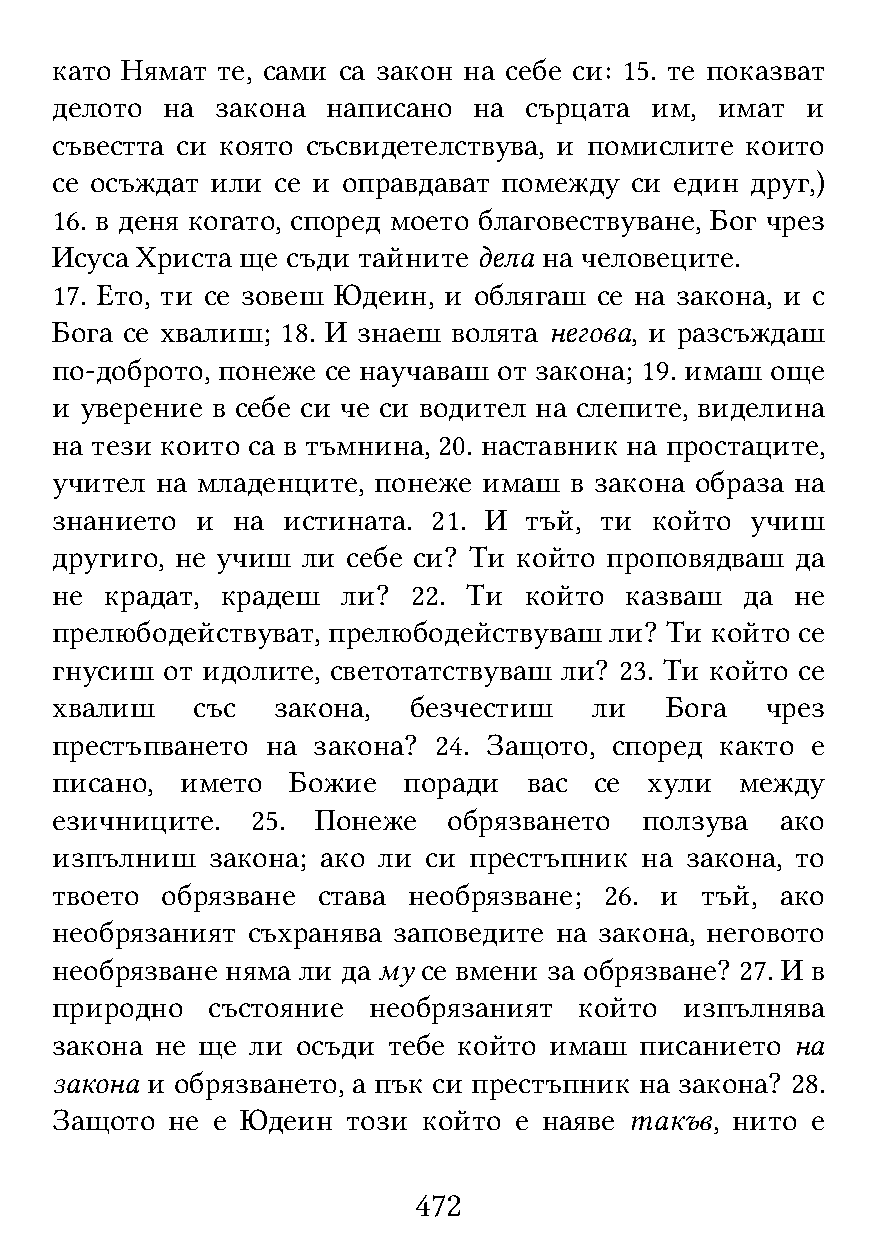
като Нямат те, сами са закон на себе си: 15. те показват
 делото  на закона  написано на  сърцата им,  имат и
 съвестта си която съсвидетелствува, и помислите които
 се осъждат или се и оправдават помежду си един друг,)
 16. в деня когато, според моето благовествуване, Бог чрез
 Исуса Христа ще съди тайните дела на человеците.
 17. Ето, ти се зовеш Юдеин, и облягаш се на закона, и с
 Бога се хвалиш; 18. И знаеш волята негова, и разсъждаш
 по-доброто, понеже се научаваш от закона; 19. имаш още
 и уверение в себе си че си водител на слепите, виделина
 на тези които са в тъмнина, 20. наставник на простаците,
 учител на младенците, понеже имаш  в закона образа на
 знанието  и на  истината. 21. И тъй, ти който  учиш
 другиго, не учиш ли себе си? Ти който проповядваш да
 не  крадат, крадеш  ли? 22. Ти  който казваш  да  не
 прелюбодействуват, прелюбодействуваш ли? Ти който се
 гнусиш  от идолите, светотатствуваш ли? 23. Ти който се
 хвалиш    със  закона,  безчестиш   ли   Бога   чрез
 престъпването  на закона? 24. Защото, според както е
 писано,  името  Божие   поради  вас се  хули  между
 езичниците.   25. Понеже   обрязването  ползува  ако
 изпълниш   закона; ако ли си престъпник на закона, то
 твоето  обрязване става необрязване; 26. и тъй,  ако
 необрязаният съхранява заповедите на закона, неговото
 необрязване няма ли да му се вмени за обрязване? 27. И в
 природно   състояние необрязаният  който  изпълнява
 закона не ще  ли осъди тебе който имаш писанието  на
 закона и обрязването, а пък си престъпник на закона? 28.
 Защото  не е Юдеин  този който е наяве такъв, нито е
 472